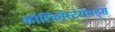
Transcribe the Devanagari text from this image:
कॉर्टिकॉस्टेरॉयड्स